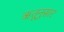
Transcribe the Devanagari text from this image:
ॠतूनुसार